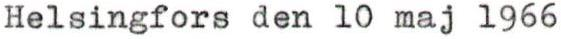
Helsingfors den 10 maj 1966